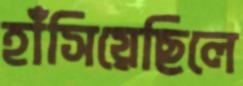
হাঁসিয়েছিলে